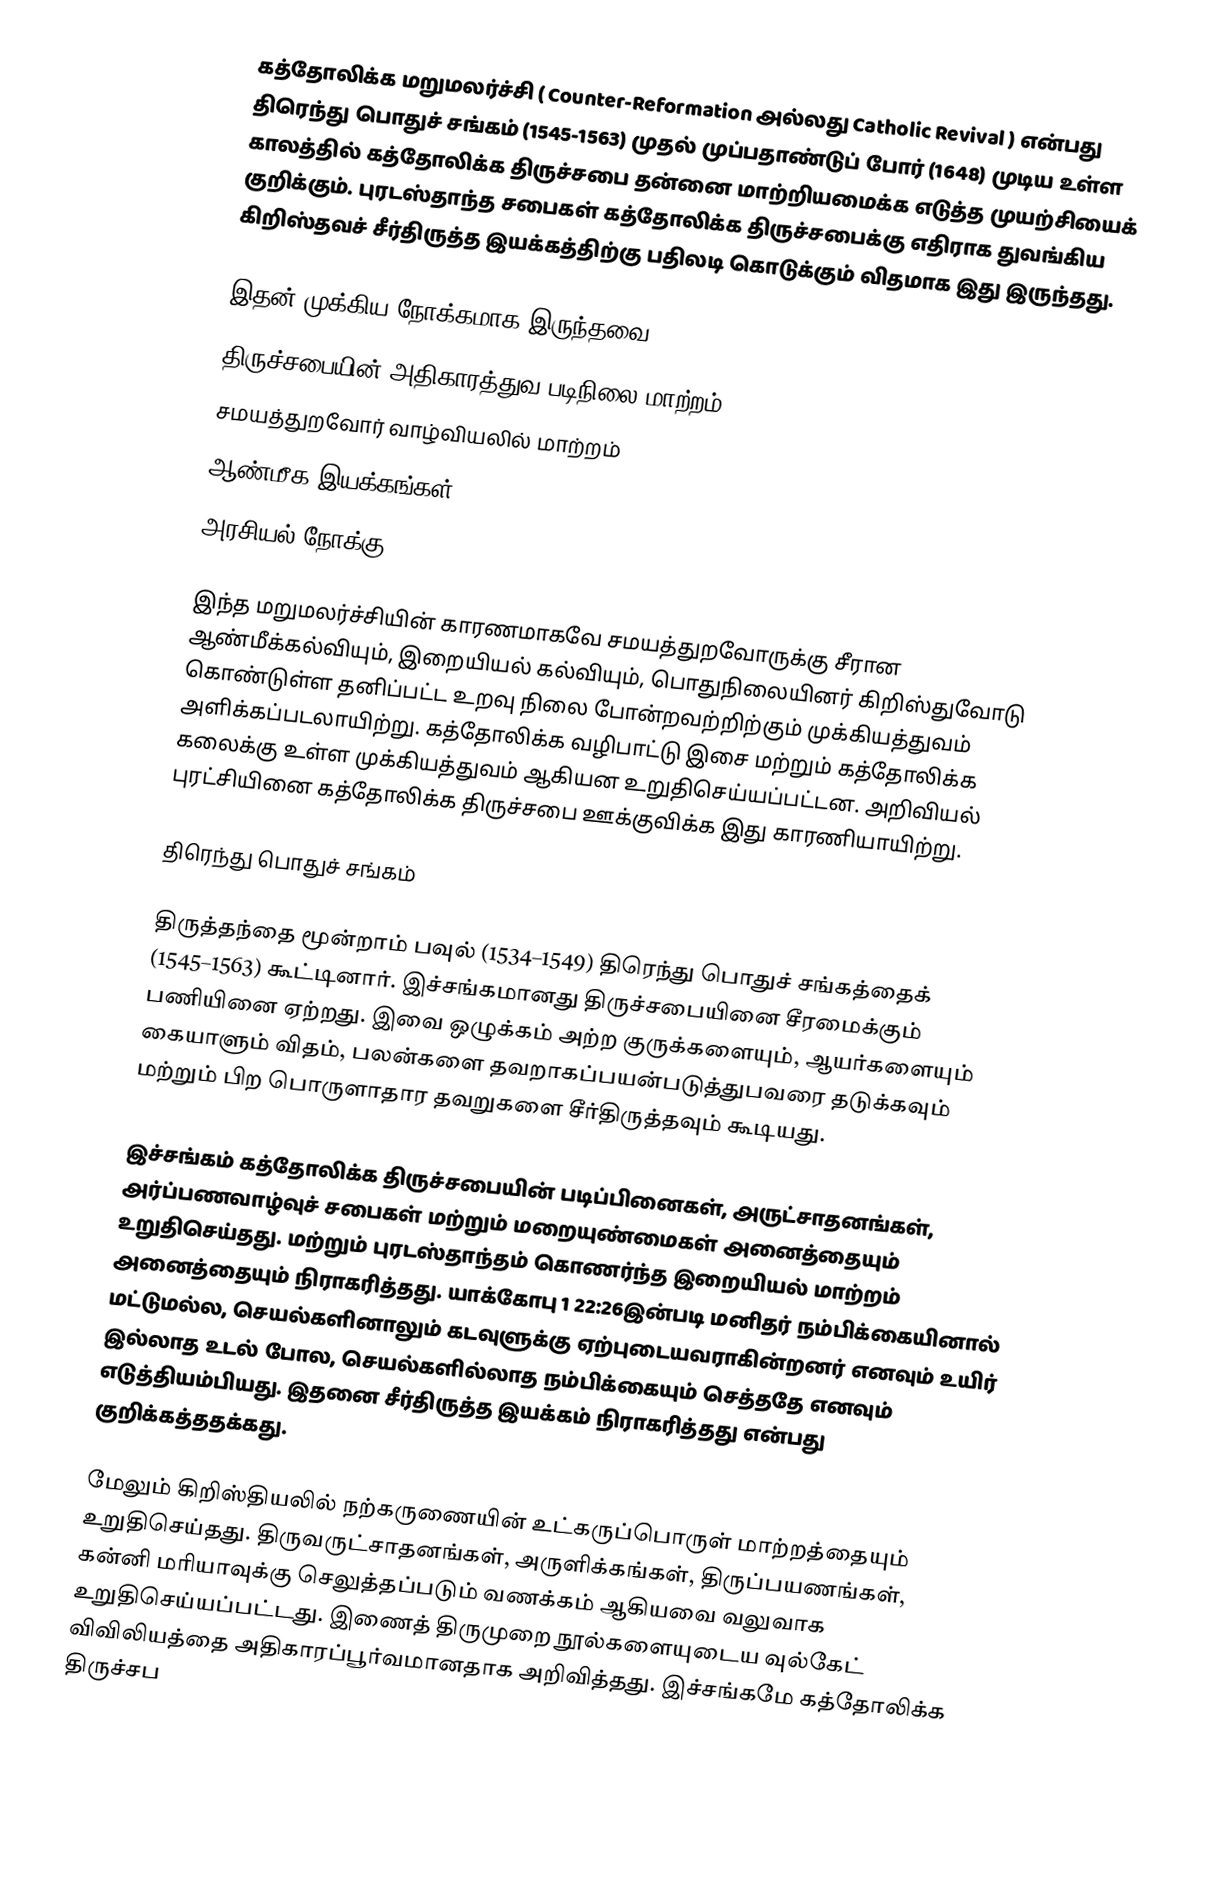
கத்தோலிக்க மறுமலர்ச்சி ( Counter-Reformation அல்லது Catholic Revival  ) என்பது திரெந்து பொதுச் சங்கம் (1545-1563) முதல் முப்பதாண்டுப் போர் (1648) முடிய உள்ள காலத்தில் கத்தோலிக்க திருச்சபை தன்னை மாற்றியமைக்க எடுத்த முயற்சியைக் குறிக்கும். புரடஸ்தாந்த சபைகள்  கத்தோலிக்க திருச்சபைக்கு எதிராக துவங்கிய கிறிஸ்தவச் சீர்திருத்த இயக்கத்திற்கு பதிலடி கொடுக்கும் விதமாக இது இருந்தது.

இதன் முக்கிய நோக்கமாக இருந்தவை:
 திருச்சபையின் அதிகாரத்துவ படிநிலை மாற்றம்
 சமயத்துறவோர் வாழ்வியலில் மாற்றம்
 ஆண்மீக இயக்கங்கள்
 அரசியல் நோக்கு

இந்த மறுமலர்ச்சியின் காரணமாகவே சமயத்துறவோருக்கு சீரான ஆண்மீக்கல்வியும், இறையியல் கல்வியும், பொதுநிலையினர் கிறிஸ்துவோடு கொண்டுள்ள தனிப்பட்ட உறவு நிலை போன்றவற்றிற்கும் முக்கியத்துவம் அளிக்கப்படலாயிற்று. கத்தோலிக்க வழிபாட்டு இசை மற்றும் கத்தோலிக்க கலைக்கு உள்ள முக்கியத்துவம் ஆகியன உறுதிசெய்யப்பட்டன. அறிவியல் புரட்சியினை கத்தோலிக்க திருச்சபை ஊக்குவிக்க இது காரணியாயிற்று.

திரெந்து பொதுச் சங்கம்

திருத்தந்தை மூன்றாம் பவுல் (1534–1549) திரெந்து பொதுச் சங்கத்தைக் (1545–1563) கூட்டினார். இச்சங்கமானது திருச்சபையினை சீரமைக்கும் பணியினை ஏற்றது. இவை ஒழுக்கம் அற்ற குருக்களையும், ஆயர்களையும் கையாளும் விதம், பலன்களை தவறாகப்பயன்படுத்துபவரை தடுக்கவும் மற்றும் பிற பொருளாதார தவறுகளை சீர்திருத்தவும் கூடியது.

இச்சங்கம் கத்தோலிக்க திருச்சபையின் படிப்பினைகள், அருட்சாதனங்கள், அர்ப்பணவாழ்வுச் சபைகள் மற்றும் மறையுண்மைகள் அனைத்தையும் உறுதிசெய்தது. மற்றும் புரடஸ்தாந்தம் கொணர்ந்த இறையியல் மாற்றம் அனைத்தையும் நிராகரித்தது.  யாக்கோபு 1 22:26இன்படி மனிதர் நம்பிக்கையினால் மட்டுமல்ல, செயல்களினாலும் கடவுளுக்கு ஏற்புடையவராகின்றனர் எனவும் உயிர் இல்லாத உடல் போல, செயல்களில்லாத நம்பிக்கையும் செத்ததே எனவும் எடுத்தியம்பியது. இதனை சீர்திருத்த இயக்கம் நிராகரித்தது என்பது குறிக்கத்ததக்கது.

மேலும் கிறிஸ்தியலில் நற்கருணையின் உட்கருப்பொருள் மாற்றத்தையும் உறுதிசெய்தது. திருவருட்சாதனங்கள், அருளிக்கங்கள், திருப்பயணங்கள், கன்னி மரியாவுக்கு செலுத்தப்படும் வணக்கம் ஆகியவை வலுவாக உறுதிசெய்யப்பட்டது. இணைத் திருமுறை நூல்களையுடைய வுல்கேட் விவிலியத்தை அதிகாரப்பூர்வமானதாக அறிவித்தது. இச்சங்கமே கத்தோலிக்க திருச்சப